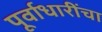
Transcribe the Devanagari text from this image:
पूर्वाधारींचा